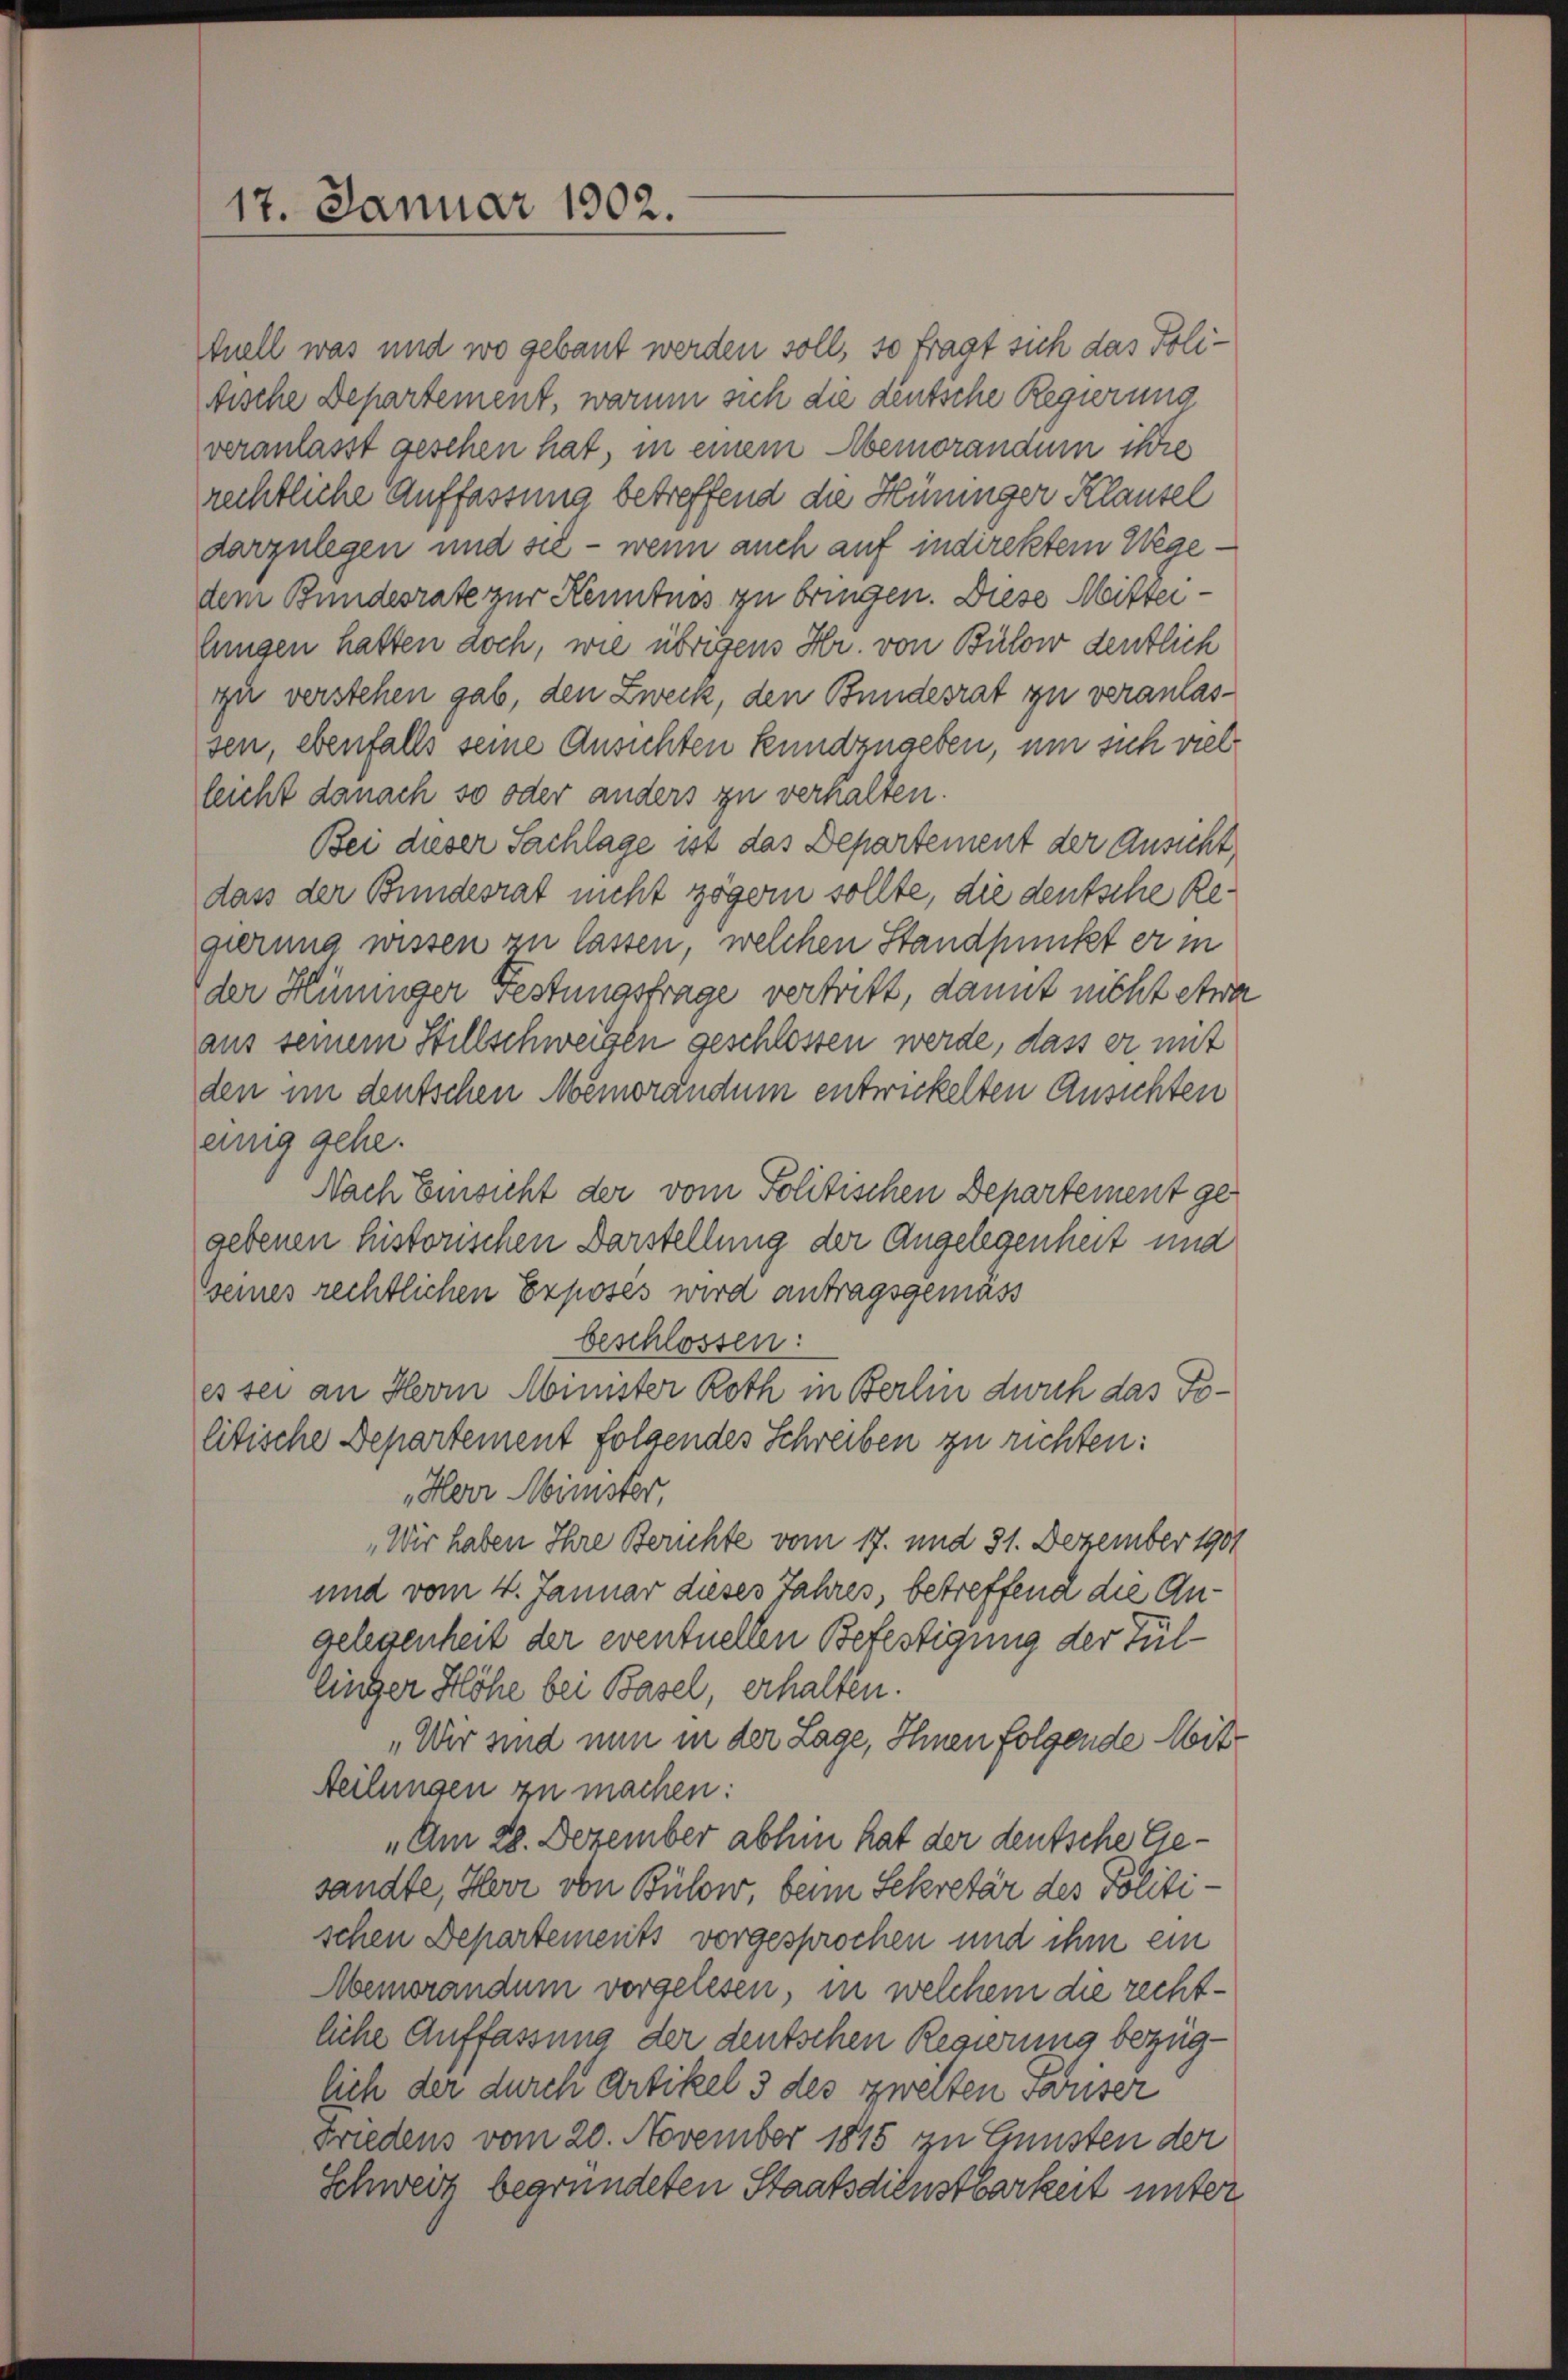
17. Januar 1902.

tuell was und wo gebaut werden soll, so fragt sich das Polifische Departement, warum sich die deutsche Regierung
veranlasst geschen hat, in einem Abemoranaum ihre
rechtliche Auffassung betreffend die Hüninger Klausel
darzulegen und sie – wenn auch auf indirektem Wegedem Bundesrate zur Kenntnis zu bringen. Diese Mittei
lungen hatten doch, wie übrigens Hr. von Bülow deutlich
zu verstehen gab, den Zweck, den Bundesrat zu veranlassen, ebenfalls seine Ansichten kundzugeben, um sich vielleicht danach so oder anders zu verhalten.
Bei dieser Sachlage ist das Departement der Ansicht,
dass der Bundesrat nicht zögern sollte, die deutsche Regierung wissen zu lassen, welchen Standpunkt er in
der Hüninger Festungsfrage vertritt, damit nicht etwa
aus seinem Stillschweigen geschlossen werde, dass er mit
den im deutschen Memorandum entwickelten Ansichten
einig gehe.
Nach Einsicht der vom Politischen Departement gegebenen historischen Darstellung der Angelegenheit und
seines rechtlichen Exposés wird antragsgemäss
beschlossen:
es sei an Herrn Minister Roth in Berlin durch das Tolitische Departement folgendes Schreiben zu richten:
„Herr Minister,
„Wir haben Ihre Berichte vom 17. und 31. Dezember 1901
und vom 4. Januar dieses Jahres, betreffend die Angelegenheit der eventuellen Befestigung der Füllinger Höhe bei Basel, erhalten.
„Wir sind nun in der Lage, Ihnen folgende Mit¬
Teilungen zu machen:
„Am 28. Dezember abhin hat der deutsche Gesandte, Herr von Bülow, beim Sekretär des Politischen Departements vorgesprochen und ihm ein
Abemorandum vorgelesen, in welchem die rechtliche Auffassung der deutschen Regierung bezüglich der durch Artikel 3 des zweiten Pariser
Friedens vom 20. November 1815 zu Gunsten der
Schweiz begründeten Staatsdienstbarkeit unter